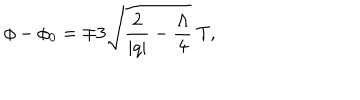
\phi - \phi _ { 0 } = \mp 3 \sqrt { \frac { 2 } { | q | } - \frac { \Lambda } { 4 } } \ T ,